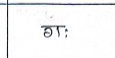
मजकूर: ग: